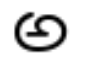
అ